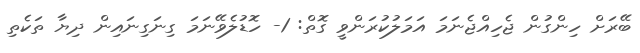
ބޭރަށް ހިންގުން ޖެހިއްޖެނަމަ އަމަލުކުރަންވީ ގޮތް: 1- ހޮޑުލެވޭނަމަ ގިނަގިނައިން ދިޔާ ތަކެތި